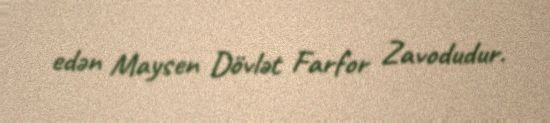
edən Maysen Dövlət Farfor Zavodudur.